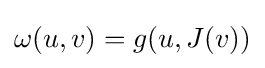
\omega (u,v)=g(u,J(v))